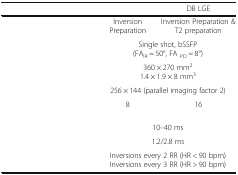
<table><thead><tr><td>[EMPTY_CELL]</td><td>[EMPTY_CELL]</td><td><b>DB LGE</b></td></tr></thead><tbody><tr><td>[EMPTY_CELL]</td><td>Inversion Preparation</td><td>Inversion Preparation &amp; T2 preparation</td></tr><tr><td>[EMPTY_CELL]</td><td colspan="2">Single shot, bSSFP(FA<sub>IR</sub> = 50°, FA <sub>PD</sub> = 8°)</td></tr><tr><td>[EMPTY_CELL]</td><td colspan="2">360 × 270 mm<sup>2</sup>1.4 × 1.9 × 8 mm<sup>3</sup></td></tr><tr><td>[EMPTY_CELL]</td><td colspan="2">256 × 144 (parallel imaging factor 2)</td></tr><tr><td>[EMPTY_CELL]</td><td>8</td><td>16</td></tr><tr><td>[EMPTY_CELL]</td><td colspan="2">10–40 ms</td></tr><tr><td>[EMPTY_CELL]</td><td colspan="2">1.2/2.8 ms</td></tr><tr><td>[EMPTY_CELL]</td><td colspan="2">Inversions every 2 RR (HR &lt; 90 bpm)Inversions every 3 RR (HR &gt; 90 bpm)</td></tr></tbody></table>